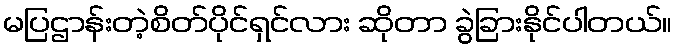
မပြဌာန်းတဲ့စိတ်ပိုင်ရှင်လား ဆိုတာ ခွဲခြားနိုင်ပါတယ်။